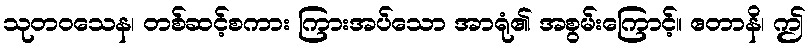
သုတဝသေန၊ တစ်ဆင့်စကား ကြားအပ်သော အာရုံ၏ အစွမ်းကြောင့်။ ဧတာနိ၊ ဤ